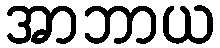
အာဘာယ